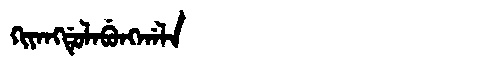
Manchu: ᡴᡳᠶᠠᠩᡩᡠᠯᠠᠪᡠᠩᡤᠠᠯᠠ
Romanization: KIYANGDULABUNGGALA